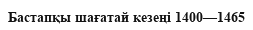
Бастапқы шағатай кезеңі 1400—1465